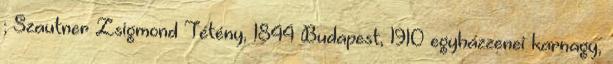
; Szautner Zsigmond Tétény, 1844 Budapest, 1910 egyházzenei karnagy,